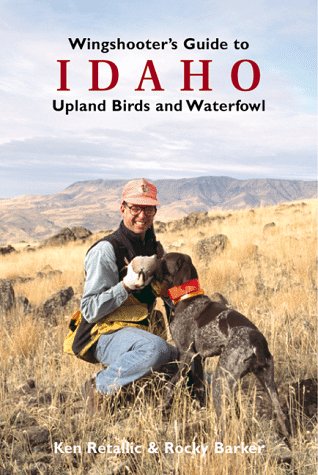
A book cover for Wingshooter's Guide to Idaho: Upland Birds and Waterfowl (Wingshooter's Guides); Rocky Barker; Travel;